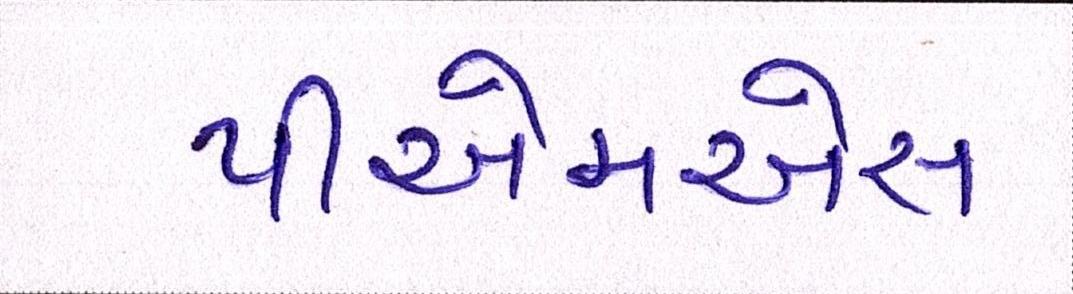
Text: પીએમએસ